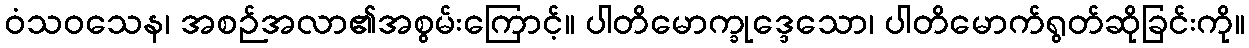
ဝံသဝသေန၊ အစဉ်အလာ၏အစွမ်းကြောင့်။ ပါတိမောက္ခုဒ္ဒေသော၊ ပါတိမောက်ရွတ်ဆိုခြင်းကို။